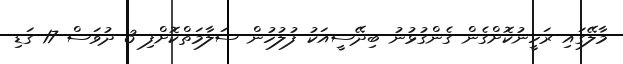
މާލޭގައި ރަހީނުކޮށްގެން ގެންގުޅުނު ބިދޭސީއަކު ފުލުހުން ސަލާމަތްކޮށްފި 3 ދުވަސް 17 ގަޑި